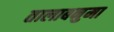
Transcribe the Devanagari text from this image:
तालाबनुमा